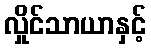
လှိုင်သာယာနှင့်